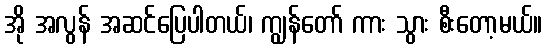
အို အလွန် အဆင်ပြေပါတယ်၊ ကျွန်တော် ကား သွား စီးတော့မယ်။